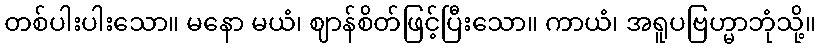
တစ်ပါးပါးသော။ မနော မယံ၊ ဈာန်စိတ်ဖြင့်ပြီးသော။ ကာယံ၊ အရူပဗြဟ္မာဘုံသို့။